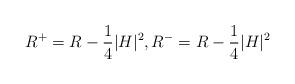
LaTeX: \begin{align*} R^+=R-\frac{1}{4}|H|^2, R^-=R-\frac{1}{4}|H|^2 \end{align*}